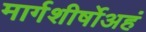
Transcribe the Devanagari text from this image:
मार्गशीर्षोअहं